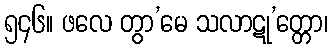
၅၄၆။ ဖလေ တွာ’မေ သလာဋု’တ္တော၊